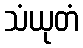
သံယုတံ